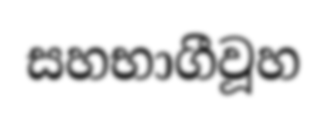
සහභාගීවූහ